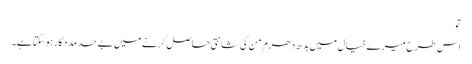
تو
اس طرح میرے خیال میں بدھ دھرم من کی شانتی حاصل کرنے میں بے حد مددگار ہو سکتا ہے۔